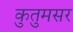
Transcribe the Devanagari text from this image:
कुतुमसर